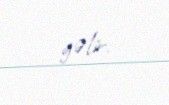
gəlir.